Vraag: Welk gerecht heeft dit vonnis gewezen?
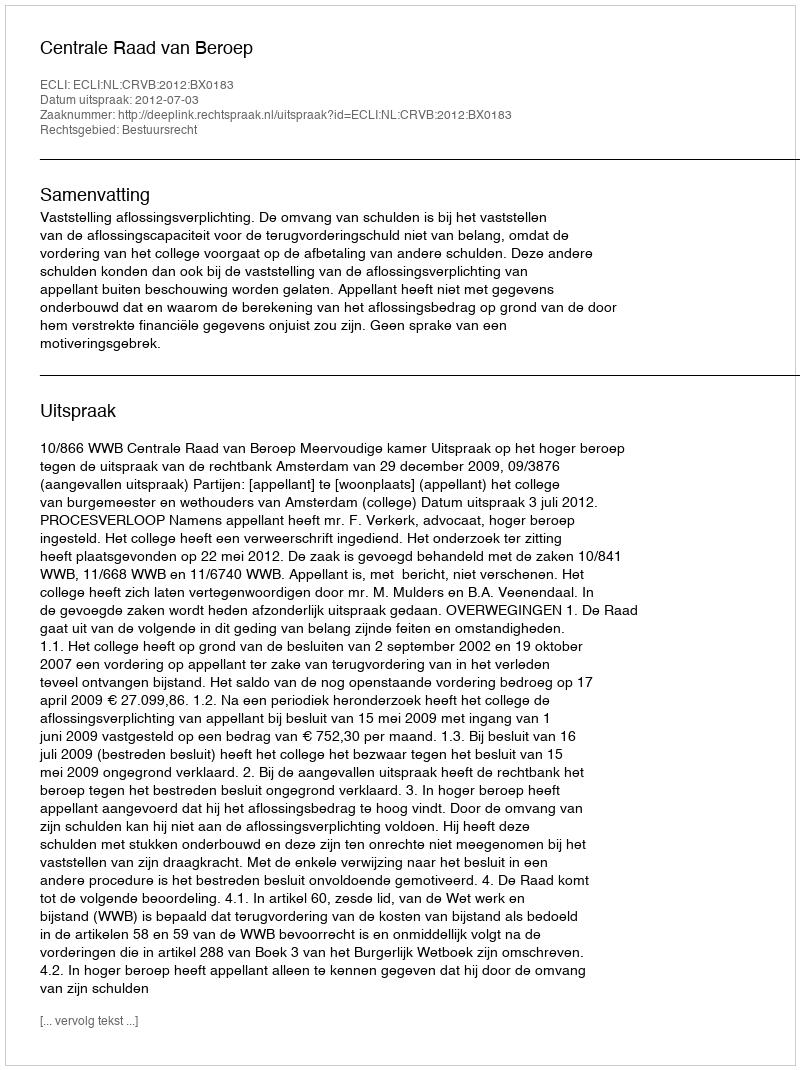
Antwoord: Centrale Raad van Beroep